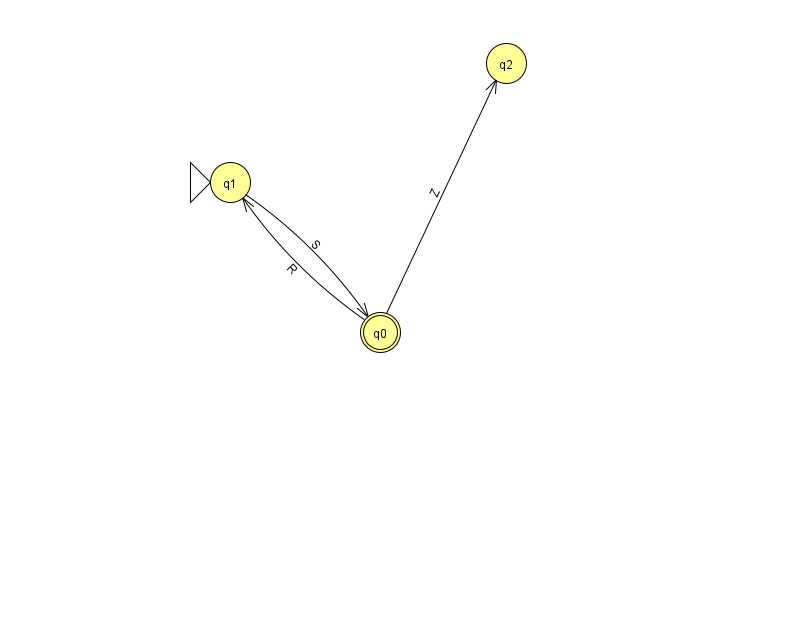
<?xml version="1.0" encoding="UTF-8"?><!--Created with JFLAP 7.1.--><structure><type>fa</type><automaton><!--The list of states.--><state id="0" name="q0"><x>380.0</x><y>319.0</y><final/></state><state id="1" name="q1"><x>230.0</x><y>169.0</y><initial/></state><state id="2" name="q2"><x>506.0</x><y>50.0</y></state><!--The list of transitions.--><transition><from>0</from><to>2</to><read>Z</read></transition><transition><from>0</from><to>1</to><read>R</read></transition><transition><from>1</from><to>0</to><read>S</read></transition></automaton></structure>